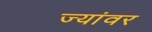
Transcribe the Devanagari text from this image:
ज्यांवर